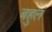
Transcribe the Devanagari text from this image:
बहुलं